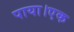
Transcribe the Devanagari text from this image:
पाया।एक